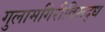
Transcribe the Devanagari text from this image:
गुलामगिरीविरूद्ध